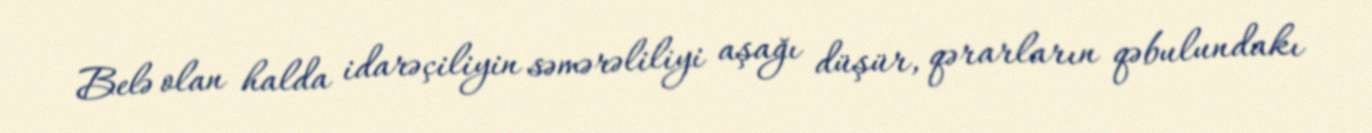
Belə olan halda idarəçiliyin səmərəliliyi aşağı düşür, qərarların qəbulundakı